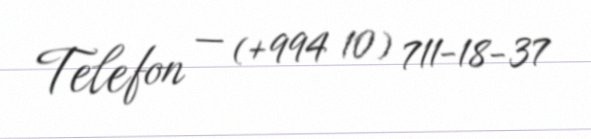
Telefon — (+994 10) 711-18-37